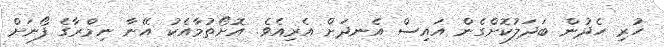
ހުރި ހެދުން ބަދަލުކޮށްގެން އައިސް އެނދަށް އެރިއެވެ. އޮށޯތުމާއެކު އޭނާ ނިމްރާގެ ފޯނަށް